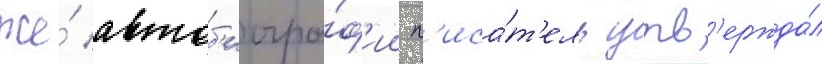
же́ автоб'иогра́ф'ии п'иса́т'ель утв'ержда́л